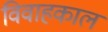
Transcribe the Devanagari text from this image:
विवाहकाल